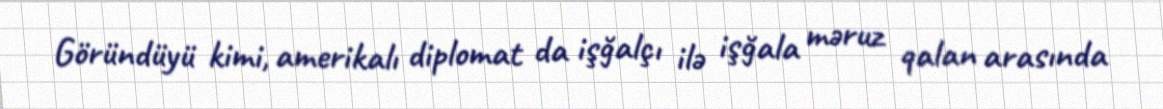
Göründüyü kimi, amerikalı diplomat da işğalçı ilə işğala məruz qalan arasında